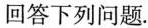
回答下列问题.